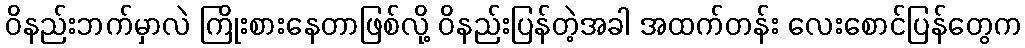
ဝိနည်းဘက်မှာလဲ ကြိုးစားနေတာဖြစ်လို့ ဝိနည်းပြန်တဲ့အခါ အထက်တန်း လေးစောင်ပြန်တွေက